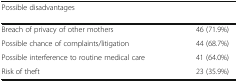
<table><thead><tr><td><b>Possible disadvantages</b></td><td>[EMPTY_CELL]</td></tr></thead><tbody><tr><td>Breach of privacy of other mothers</td><td>46 (71.9%)</td></tr><tr><td>Possible chance of complaints/litigation</td><td>44 (68.7%)</td></tr><tr><td>Possible interference to routine medical care</td><td>41 (64.0%)</td></tr><tr><td>Risk of theft</td><td>23 (35.9%)</td></tr></tbody></table>